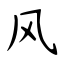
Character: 风